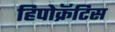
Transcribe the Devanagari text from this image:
हिपोक्रॅटिस